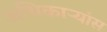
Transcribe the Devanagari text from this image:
अधिकाऱ्यांस